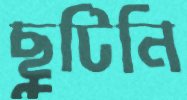
ছুটিনি